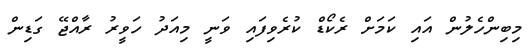
މިބިންހެލުން އައި ކަމަށް ރެކޯޑް ކުރެވިފައި ވަނީ މިއަދު ހަވީރު ރާއްޖޭ ގަޑިން